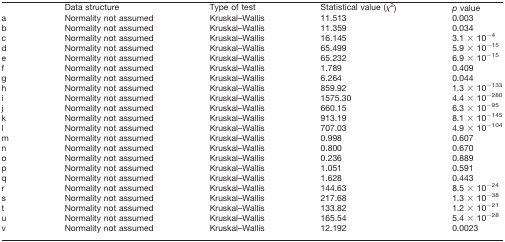
<table><thead><tr><td></td><td><b>Data structure</b></td><td><b>Type of test</b></td><td><b>Statistical value (χ<sup>2</sup>)</b></td><td><b><i>p</i> value</b></td></tr></thead><tbody><tr><td>a</td><td>Normality not assumed</td><td>Kruskal–Wallis</td><td>11.513</td><td>0.003</td></tr><tr><td>b</td><td>Normality not assumed</td><td>Kruskal–Wallis</td><td>11.359</td><td>0.034</td></tr><tr><td>c</td><td>Normality not assumed</td><td>Kruskal–Wallis</td><td>16.145</td><td>3.1 × 10<sup>−4</sup></td></tr><tr><td>d</td><td>Normality not assumed</td><td>Kruskal–Wallis</td><td>65.499</td><td>5.9 × 10<sup>−15</sup></td></tr><tr><td>e</td><td>Normality not assumed</td><td>Kruskal–Wallis</td><td>65.232</td><td>6.9 × 10<sup>−15</sup></td></tr><tr><td>f</td><td>Normality not assumed</td><td>Kruskal–Wallis</td><td>1.789</td><td>0.409</td></tr><tr><td>g</td><td>Normality not assumed</td><td>Kruskal–Wallis</td><td>6.264</td><td>0.044</td></tr><tr><td>h</td><td>Normality not assumed</td><td>Kruskal–Wallis</td><td>859.92</td><td>1.3 × 10<sup>−133</sup></td></tr><tr><td>i</td><td>Normality not assumed</td><td>Kruskal–Wallis</td><td>1575.30</td><td>4.4 × 10<sup>−280</sup></td></tr><tr><td>j</td><td>Normality not assumed</td><td>Kruskal–Wallis</td><td>660.15</td><td>6.3 × 10<sup>−95</sup></td></tr><tr><td>k</td><td>Normality not assumed</td><td>Kruskal–Wallis</td><td>913.19</td><td>8.1 × 10<sup>−145</sup></td></tr><tr><td>l</td><td>Normality not assumed</td><td>Kruskal–Wallis</td><td>707.03</td><td>4.9 × 10<sup>−104</sup></td></tr><tr><td>m</td><td>Normality not assumed</td><td>Kruskal–Wallis</td><td>0.998</td><td>0.607</td></tr><tr><td>n</td><td>Normality not assumed</td><td>Kruskal–Wallis</td><td>0.800</td><td>0.670</td></tr><tr><td>o</td><td>Normality not assumed</td><td>Kruskal–Wallis</td><td>0.236</td><td>0.889</td></tr><tr><td>p</td><td>Normality not assumed</td><td>Kruskal–Wallis</td><td>1.051</td><td>0.591</td></tr><tr><td>q</td><td>Normality not assumed</td><td>Kruskal–Wallis</td><td>1.628</td><td>0.443</td></tr><tr><td>r</td><td>Normality not assumed</td><td>Kruskal–Wallis</td><td>144.63</td><td>8.5 × 10<sup>−24</sup></td></tr><tr><td>s</td><td>Normality not assumed</td><td>Kruskal–Wallis</td><td>217.68</td><td>1.3 × 10<sup>−38</sup></td></tr><tr><td>t</td><td>Normality not assumed</td><td>Kruskal–Wallis</td><td>133.82</td><td>1.2 × 10<sup>−21</sup></td></tr><tr><td>u</td><td>Normality not assumed</td><td>Kruskal–Wallis</td><td>165.54</td><td>5.4 × 10<sup>−28</sup></td></tr><tr><td>v</td><td>Normality not assumed</td><td>Kruskal–Wallis</td><td>12.192</td><td>0.0023</td></tr></tbody></table>